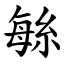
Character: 䋣